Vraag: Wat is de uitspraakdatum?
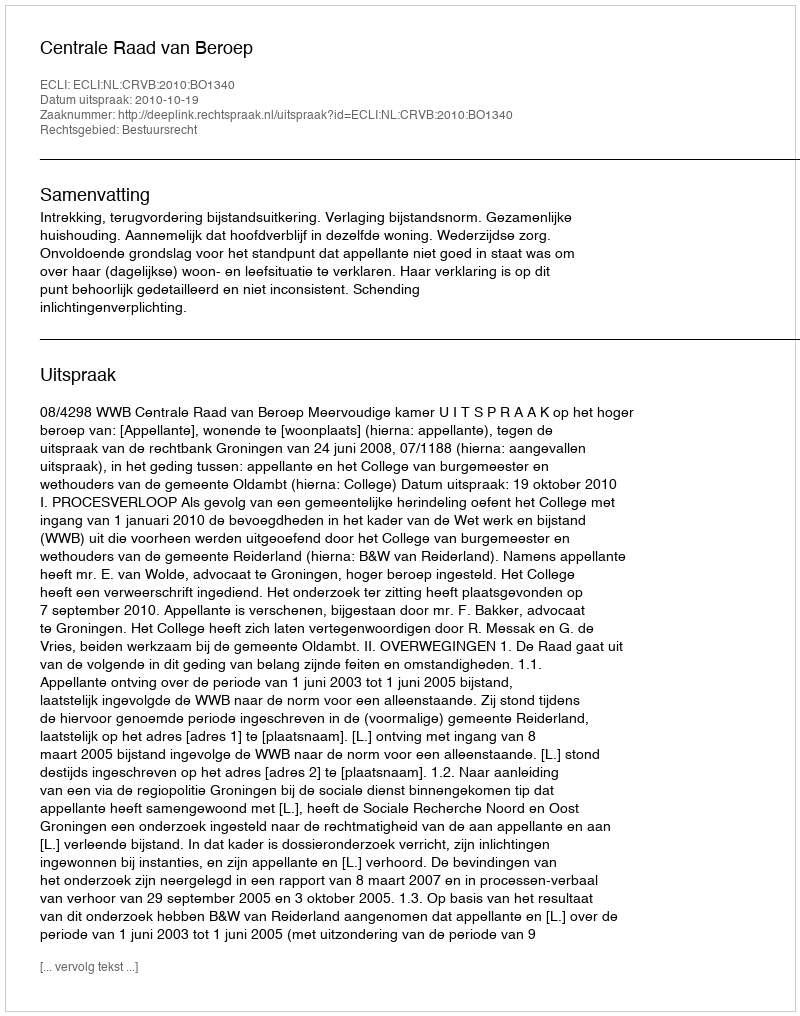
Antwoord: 2010-10-19